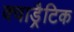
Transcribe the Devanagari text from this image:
क्वाड्रैटिक